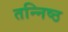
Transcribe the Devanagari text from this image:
तन्निष्ठ